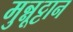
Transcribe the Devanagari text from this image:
मुन्नूट्टान